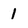
Character: 1